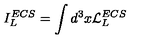
I _ { L } ^ { E C S } = \int d ^ { 3 } x { \cal L } _ { L } ^ { E C S }